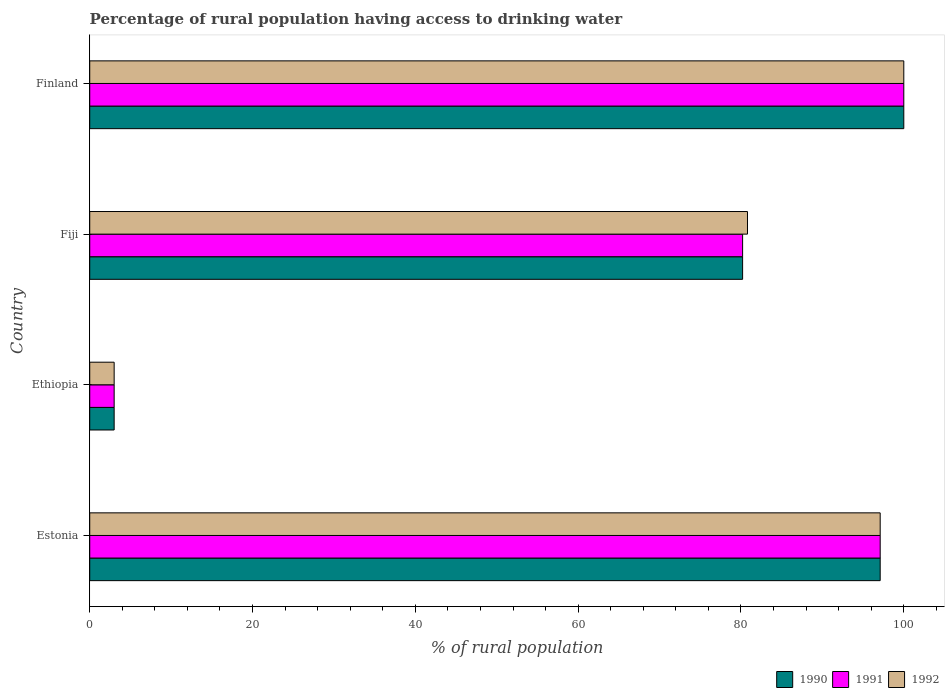
| Country | 1990 | 1991 | 1992 |
 | --- | --- | --- | --- |
 | Estonia | 97.1 | 97.1 | 97.1 |
 | Ethiopia | 3 | 3 | 3 |
 | Fiji | 80.2 | 80.2 | 80.8 |
 | Finland | 100 | 100 | 100 |